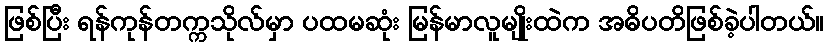
ဖြစ်ပြီး ရန်ကုန်တက္ကသိုလ်မှာ ပထမဆုံး မြန်မာလူမျိုးထဲက အဓိပတိဖြစ်ခဲ့ပါတယ်။